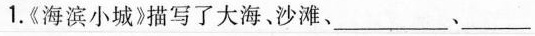
1.《海滨小城》描写了大海，沙滩、___、___